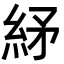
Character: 䋒